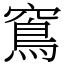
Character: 窵